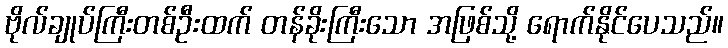
ဗိုလ်ချုပ်ကြီးတစ်ဦးထက် တန်ခိုးကြီးသော အဖြစ်သို့ ရောက်နိုင်ပေသည်။